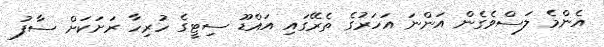
އެންމެ ލަސްވެގެން އަންނަ އަހަރުގެ ތެރޭގައި އައްޑޫ ސިޓީގެ ހުރިހާ ރަށަކަށް ސާފު